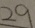
2 9